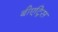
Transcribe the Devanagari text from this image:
बीएट्रिस